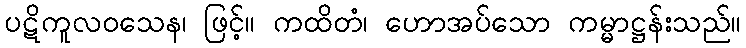
ပဋိကူလဝသေန၊ ဖြင့်။ ကထိတံ၊ ဟောအပ်သော ကမ္မာဋ္ဌန်းသည်။